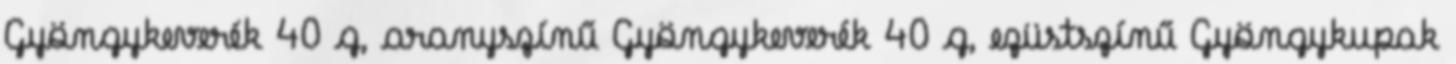
Gyöngykeverék 40 g, aranyszínű Gyöngykeverék 40 g, ezüstszínű Gyöngykupak